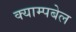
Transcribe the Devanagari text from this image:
क्याम्पबेल